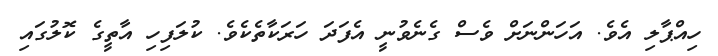
ހިއްޕާލި އެވެ. އަހަންނަށް ވެސް ގެނެވުނީ އެފަދަ ހަރަކާތެކެވެ. ކުލަފިހި އާތީގެ ކޮލުގައި